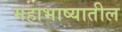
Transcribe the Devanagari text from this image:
महाभाष्यातील